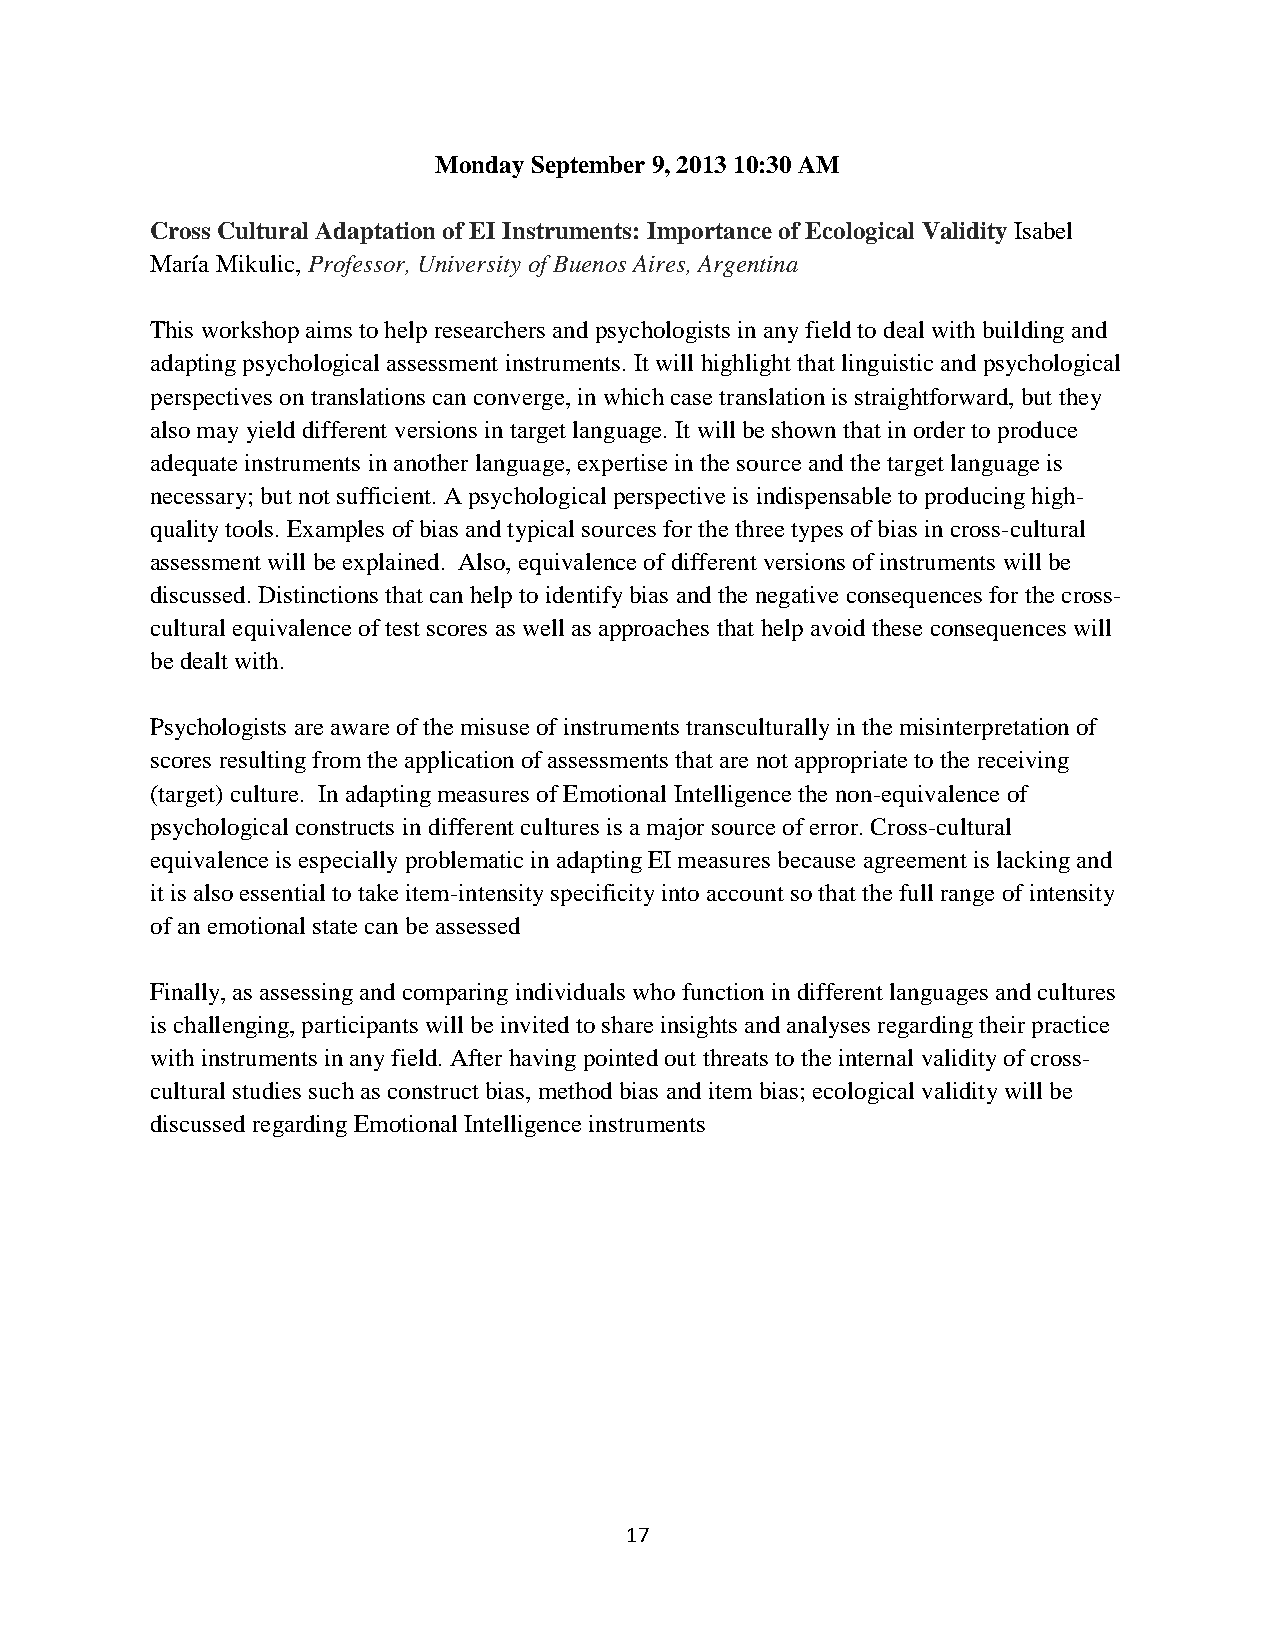
Monday September 9, 2013 10:30 AM
 Cross Cultural Adaptation of EI Instruments: Importance of Ecological Validity Isabel
 María Mikulic, Professor, University of Buenos Aires, Argentina
 This workshop aims to help researchers and psychologists in any field to deal with building and
 adapting psychological assessment instruments. It will highlight that linguistic and psychological
 perspectives on translations can converge, in which case translation is straightforward, but they
 also may yield different versions in target language. It will be shown that in order to produce
 adequate instruments in another language, expertise in the source and the target language is
 necessary; but not sufficient. A psychological perspective is indispensable to producing high-
 quality tools. Examples of bias and typical sources for the three types of bias in cross-cultural
 assessment will be explained. Also, equivalence of different versions of instruments will be
 discussed. Distinctions that can help to identify bias and the negative consequences for the cross-
 cultural equivalence of test scores as well as approaches that help avoid these consequences will
 be dealt with.
 Psychologists are aware of the misuse of instruments transculturally in the misinterpretation of
 scores resulting from the application of assessments that are not appropriate to the receiving
 (target) culture. In adapting measures of Emotional Intelligence the non-equivalence of
 psychological constructs in different cultures is a major source of error. Cross-cultural
 equivalence is especially problematic in adapting EI measures because agreement is lacking and
 it is also essential to take item-intensity specificity into account so that the full range of intensity
 of an emotional state can be assessed
 Finally, as assessing and comparing individuals who function in different languages and cultures
 is challenging, participants will be invited to share insights and analyses regarding their practice
 with instruments in any field. After having pointed out threats to the internal validity of cross-
 cultural studies such as construct bias, method bias and item bias; ecological validity will be
 discussed regarding Emotional Intelligence instruments
 17